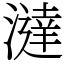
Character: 澾